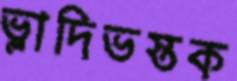
ভ্লাদিভস্তক